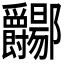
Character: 𫑲